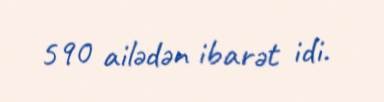
590 ailədən ibarət idi.